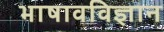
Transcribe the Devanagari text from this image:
भाषावविज्ञान